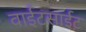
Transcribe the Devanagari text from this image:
वाईटसाईट